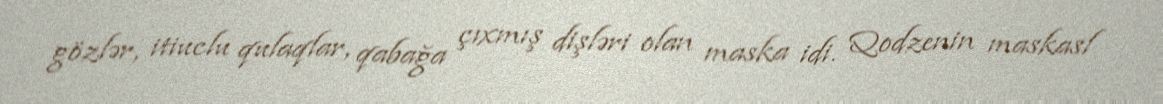
gözlər, itiuclu qulaqlar, qabağa çıxmış dişləri olan maska idi. Qodzenin maskasl